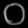
Digit: ၀